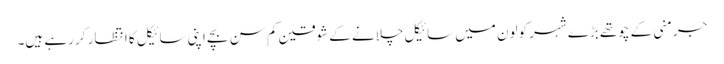
جرمنی کے چوتھے بڑے شہر کولون میں سائیکل چلانے کے شوقین کم سن بچے اپنی سائیکل کا انتظار کر رہے ہیں۔